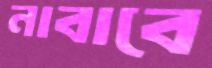
নাবাবে